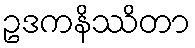
ဥဒကနိဿိတာ